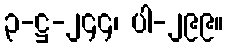
၃-ဋ္ဌ-၂၄၄၊ ပါ-၂၉၉။